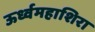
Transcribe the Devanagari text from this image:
ऊर्ध्वमहाशिरा